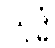
ယုဒ္ဓံ